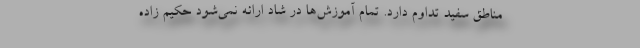
مناطق سفید تداوم دارد. تمام آموزش‌ها در شاد ارائه نمی‌شود حکیم زاده